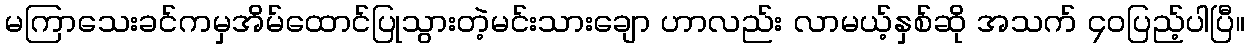
မကြာသေးခင်ကမှအိမ်ထောင်ပြုသွားတဲ့မင်းသားချော ဟာလည်း လာမယ့်နှစ်ဆို အသက် ၄၀ပြည့်ပါပြီ။